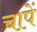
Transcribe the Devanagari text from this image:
चापें